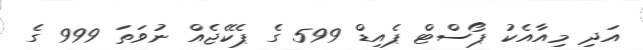
އަދި މިއާއެކު ޕޯސްޓް ޕެއިޑް 599 ގެ ޕެކޭޖެއް ނުވަތަ 999 ގެ